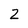
Character: 2